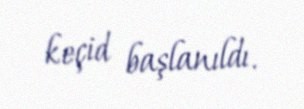
keçid başlanıldı.